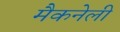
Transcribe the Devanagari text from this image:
मैकनेली